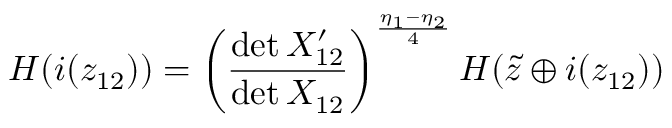
H ( i ( z _ { 1 2 } ) ) = \left( \frac { \operatorname * { d e t } { \cal X } _ { 1 2 } ^ { \prime } } { \operatorname * { d e t } { \cal X } _ { 1 2 } } \right) ^ { \frac { \eta _ { 1 } - \eta _ { 2 } } { 4 } } H ( \tilde { z } \oplus i ( z _ { 1 2 } ) )